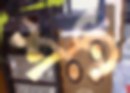
শঠ